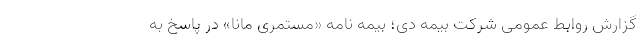
گزارش روابط عمومی شرکت بیمه دی؛ بیمه نامه «مستمری مانا» در پاسخ به